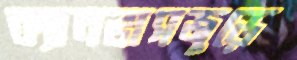
ক্যানভাসজুড়ে